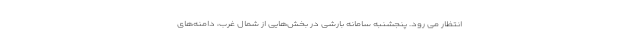
انتظار می رود. پنجشنبه سامانه بارشی در بخش‌هایی از شمال غرب، دامنه‌های